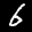
Label: 6